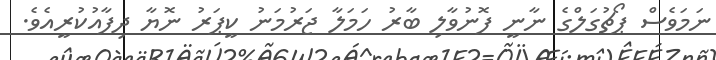
ނަމަވެސް ޕޯޗުގަލްގެ ނާނީ ފޮނުވާލި ބާރު ހަމަލާ ޖަރުމަނު ކީޕަރު ނޮޔާ ދިފާއުކުރީއެވެ.